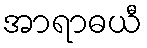
အာရာဓယီ